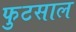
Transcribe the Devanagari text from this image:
फुटसाल